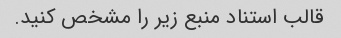
قالب استناد منبع زیر را مشخص کنید.